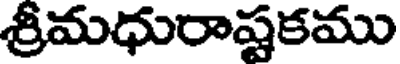
శ్రీమధురాష్టకము